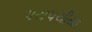
પચ૫ચીયા